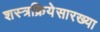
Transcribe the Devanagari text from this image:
शस्त्रक्रियेसारख्या